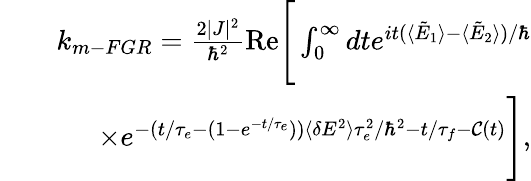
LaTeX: \begin{array}{rlr}&{}&{k_{m-FGR}=\frac{2|J|^{2}}{\hbar^{2}}\mathrm{Re}\Bigg[\int_{0}^{\infty}dte^{it(\langle\tilde{E}_{1}\rangle-\langle\tilde{E}_{2}\rangle)/\hbar}}\\ &{}&{\times e^{-(t/\tau_{e}-(1-e^{-t/\tau_{e}}))\langle\delta E^{2}\rangle\tau_{e}^{2}/\hbar^{2}-t/\tau_{f}-{\mathcal C}(t)}\Bigg],}\end{array}